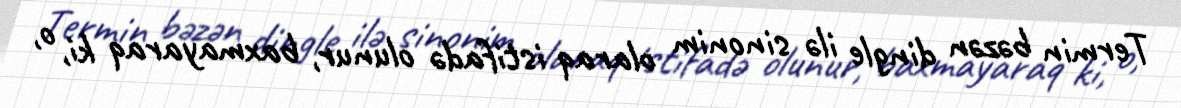
Termin bəzən dingle ilə sinonim olaraq istifadə olunur, baxmayaraq ki, o,